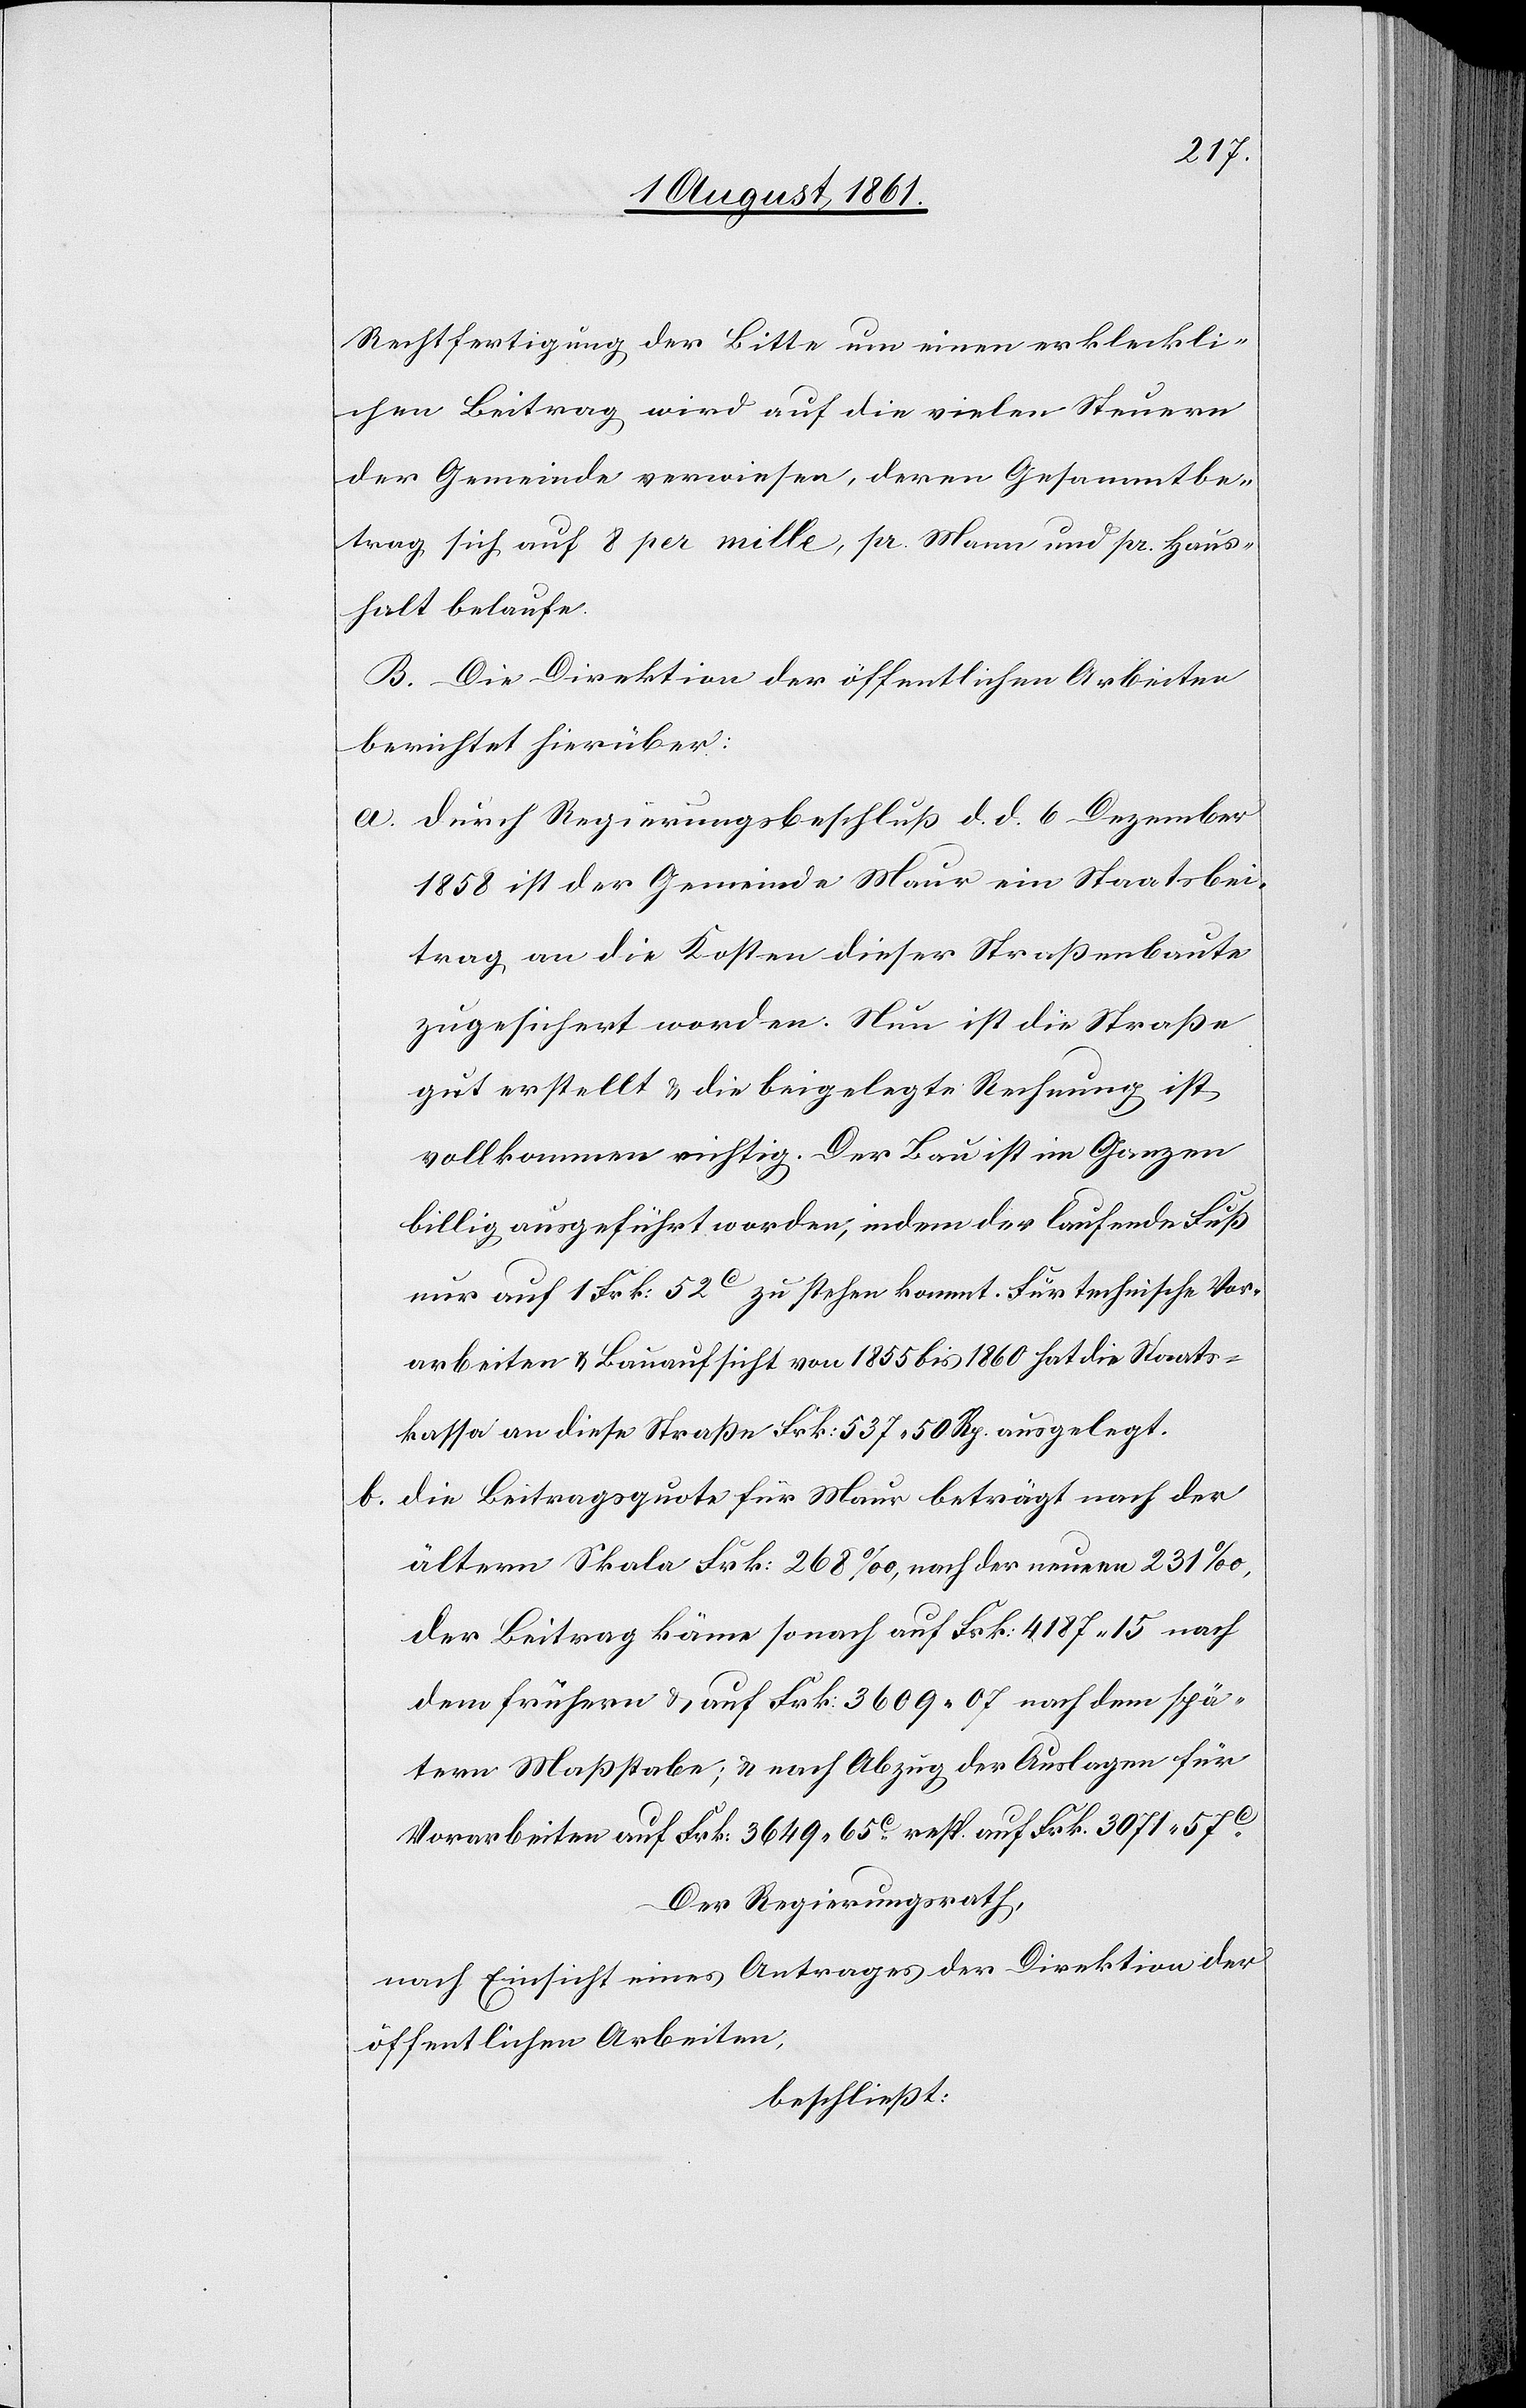
Rechtfertigung der Bitte um einen erkleckli¬
chen Beitrag wird auf die vielen Steuern
der Gemeinde verwiesen, deren Gesammtbe¬
trag sich auf 8 per mille, pr. Mann und pr. Haus¬
halt belaufe.
B. Die Direktion der öffentlichen Arbeiten
berichtet hierüber:
a. durch Regierungsbeschluß d. d. 6 Dezember
1858 ist der Gemeinde Maur ein Staatsbei¬
trag an die Kosten dieser Straßenbaute
zugesichert worden. Nun ist die Straße
gut erstellt u. die beigelegte Rechnung ist
vollkommen richtig. Der Bau ist im Ganzen
billig ausgeführt worden, indem der laufende Fuß
nur auf 1 Frk. 52c zu stehen kommt. Für technische Vor¬
arbeiten u. Bauaufsicht von 1855 bis 1860 hat die Staats¬
kassa an diese Straße Frk. 537. 50 Rp. ausgelegt.
b. die Beitragsquote für Maur beträgt nach der
ältern Skala Frk. 268‰, nach der neuern 231‰,
der Beitrag käme sonach auf Frk. 4187.15 nach
dem frühern u. auf Frk. 3609.07 nach dem spä¬
tern Maßstabe; u. nach Abzug der Auslagen für
Vorarbeiten auf Frk. 3649.65c resp. auf Frk. 3071.57c.
Der Regierungsrath,
nach Einsicht eines Antrages der Direktion der
öffentlichen Arbeiten,
beschließt: